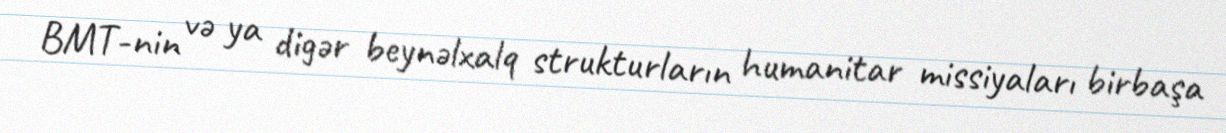
BMT-nin və ya digər beynəlxalq strukturların humanitar missiyaları birbaşa